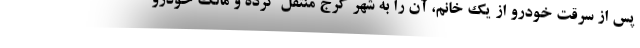
پس از سرقت خودرو از یک خانم، آن را به شهر کرج منتقل کرده و مالک خودرو